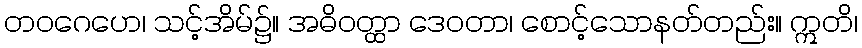
တဝဂေဟေ၊ သင့်အိမ်၌။ အဓိဝတ္ထာ ဒေဝတာ၊ စောင့်သောနတ်တည်း။ ဣတိ၊